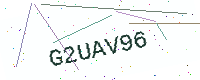
Text: G2UAV96